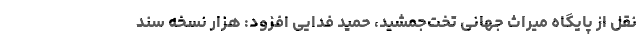
نقل از پایگاه میراث جهانی تخت‌جمشید، حمید فدایی افزود: هزار نسخه سند